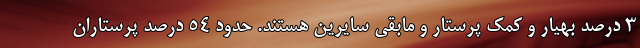
۳ درصد بهیار و کمک پرستار و مابقی سایرین هستند. حدود ۵۴ درصد پرستاران